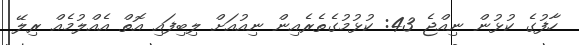
ހާފުގެ ކުޅުން ނިއްޖެ 43: ކުޅުމުގެތެރެއިން ނިއުއަށް ލިބިފައި އޮތް އެއްލުމެއް ރިލޭ